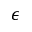
\epsilon